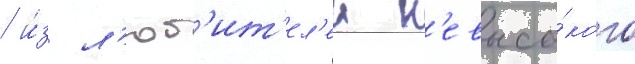
/ и́з л'юб'ит'ел'еи н'евысо́кого